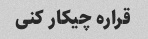
قراره چیکار کنی